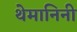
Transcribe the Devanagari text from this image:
थेमानिनी